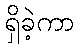
ရှိခဲ့ကာ